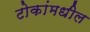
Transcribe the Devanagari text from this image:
टोकांमधील